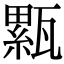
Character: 𤮉